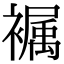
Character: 𧜭